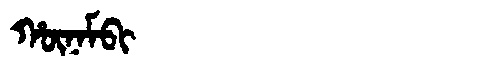
Manchu: ᡥᡡᠨᠠᠮᠪᡳ
Romanization: HŪNAMBI